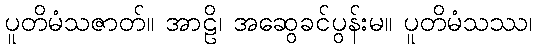
ပူတိမံသဇာတ်။ အာဠိ၊ အဆွေခင်ပွန်းမ။ ပူတိမံသဿ၊